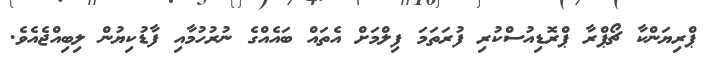
ޕްރިޔަންކާ ޗޯޕްރާ ޕްރޮޑިއުސްކުރި ފުރަތަމަ ފިލްމަށް އެތައް ބައެއްގެ ނުރުހުމާއި ފާޑުކިޔުން ލިބިއްޖެއެވެ.